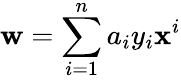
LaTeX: \mathbf{w}=\sum_{i=1}^{n}a_{i}y_{i}\mathbf{x}^{i}